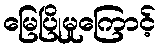
မြေပြိုမှုကြောင့်